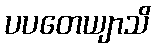
ပပတေယျာသိ